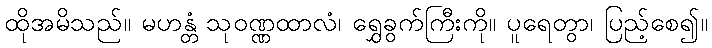
ထိုအမိသည်။ မဟန္တံ သုဝဏ္ဏထာလံ၊ ရွှေခွက်ကြီးကို။ ပူရေတွာ၊ ပြည့်စေ၍။